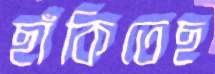
ছাঁকিতেছ